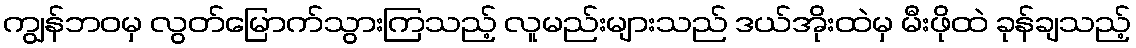
ကျွန်ဘဝမှ လွတ်မြောက်သွားကြသည့် လူမည်းများသည် ဒယ်အိုးထဲမှ မီးဖိုထဲ ခုန်ချသည့်